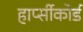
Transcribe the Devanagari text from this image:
हार्प्सीकोर्ड